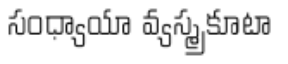
సంధ్యాయా వ్యస్మ్రకూటా